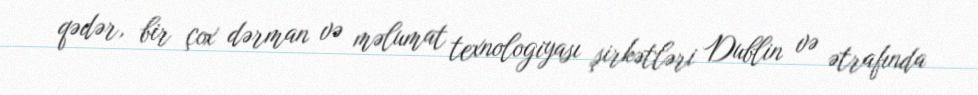
qədər, bir çox dərman və məlumat texnologiyası şirkətləri Dublin və ətrafında